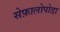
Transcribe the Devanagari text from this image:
सेफ़ालोपोडा